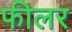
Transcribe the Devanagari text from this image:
फीलर